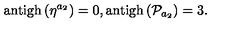
\mathrm { a n t i g h } \left( \eta ^ { a _ { 2 } } \right) = 0 , \mathrm { a n t i g h } \left( \mathcal { P } _ { a _ { 2 } } \right) = 3 .